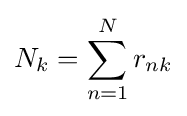
N_{k}=\sum _{n=1}^{N}r_{nk}